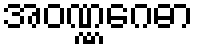
အဝဏ္ဏဂေဓာ